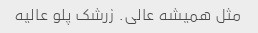
مثل همیشه عالی. زرشک پلو عالیه